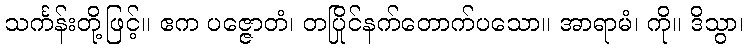
သင်္ကန်းတို့ဖြင့်။ ဧက ပဇ္ဇောတံ၊ တပြိုင်နက်တောက်ပသော။ အာရာမံ၊ ကို။ ဒိသွာ၊